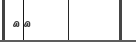
٤٧